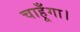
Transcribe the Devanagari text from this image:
चाहूँगा।